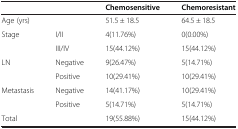
<table><thead><tr><td><b> </b></td><td><b> </b></td><td><b>Chemosensitive</b></td><td><b>Chemoresistant</b></td></tr></thead><tbody><tr><td>Age (yrs)</td><td> </td><td>51.5 ± 18.5</td><td>64.5 ± 18.5</td></tr><tr><td rowspan="2">Stage</td><td>I/II</td><td>4(11.76%)</td><td>0(0.00%)</td></tr><tr><td>III/IV</td><td>15(44.12%)</td><td>15(44.12%)</td></tr><tr><td rowspan="2">LN</td><td>Negative</td><td>9(26.47%)</td><td>5(14.71%)</td></tr><tr><td>Positive</td><td>10(29.41%)</td><td>10(29.41%)</td></tr><tr><td rowspan="2">Metastasis</td><td>Negative</td><td>14(41.17%)</td><td>10(29.41%)</td></tr><tr><td>Positive</td><td>5(14.71%)</td><td>5(14.71%)</td></tr><tr><td>Total</td><td> </td><td>19(55.88%)</td><td>15(44.12%)</td></tr></tbody></table>